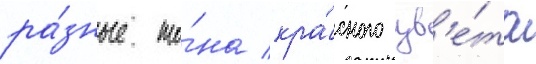
ра́зные то́на кра́сного цв'е́та